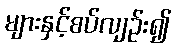
များနှင့်စပ်လျဉ်း၍